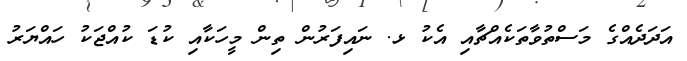
އަދަދެއްގެ މަސްތުވާތަކެއްޗާއި އެކު ޅ. ނައިފަރުން ތިން މީހަކާއި ކުޑަ ކުއްޖަކު ހައްޔަރު